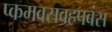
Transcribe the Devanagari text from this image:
प्कमवसवहपबंस